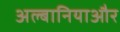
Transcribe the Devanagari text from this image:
अल्बानियाऔर